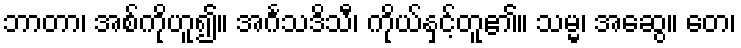
ဘာတာ၊ အစ်ကိုဟူ၍။ အင်္ဂသဒိသီ၊ ကိုယ်နှင့်တူ၏။ သမ္မ၊ အဆွေ။ တေ၊